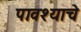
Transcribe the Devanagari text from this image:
पावश्याचे